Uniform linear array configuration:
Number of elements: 8
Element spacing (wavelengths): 0.5
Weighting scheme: kaiser
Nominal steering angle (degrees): -60
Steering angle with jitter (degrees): -61.316
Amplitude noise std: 0.05
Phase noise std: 0.05

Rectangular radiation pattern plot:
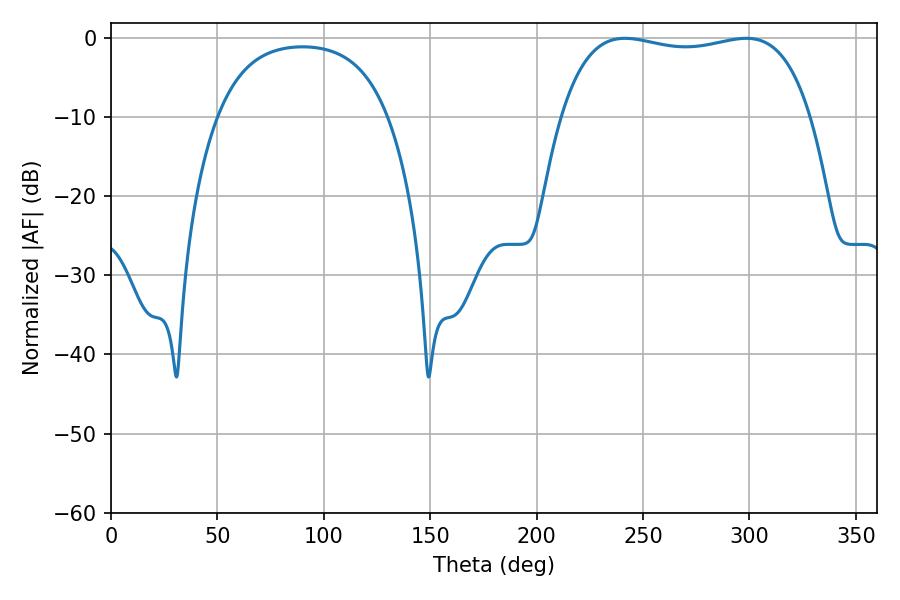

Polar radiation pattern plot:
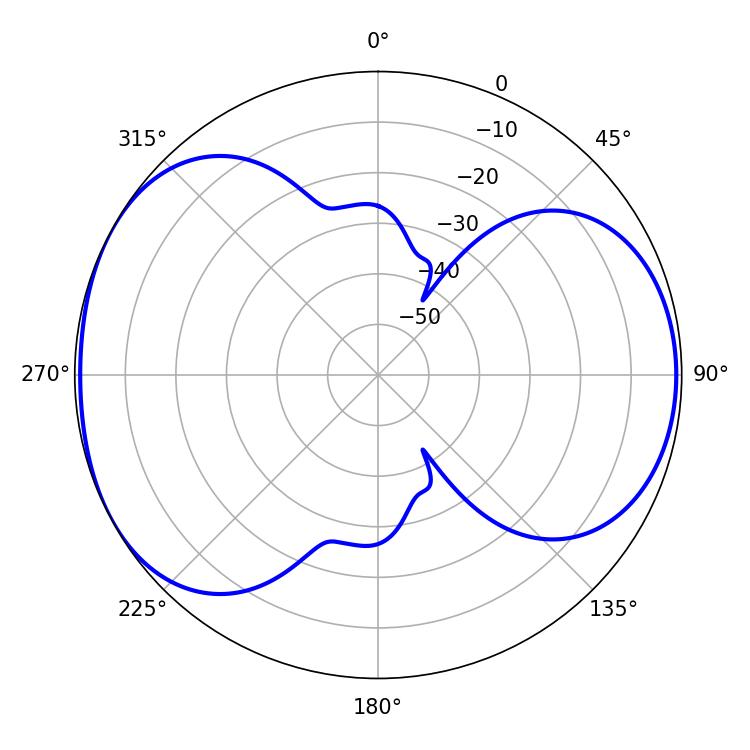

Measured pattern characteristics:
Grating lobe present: FALSE
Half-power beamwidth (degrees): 94.68
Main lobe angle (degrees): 298.44